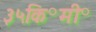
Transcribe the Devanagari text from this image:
३५कि॰मी॰